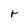
Character: r